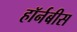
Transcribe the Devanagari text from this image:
हॉर्नबीस